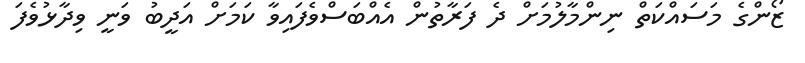
ޒޯންގެ މަސައްކަތް ނިންމާލުމަށް ދެ ފަރާތުން އެއްބަސްވެފައިވާ ކަމަށް އަދީބު ވަނީ ވިދާޅުވެފަ